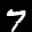
Label: 7